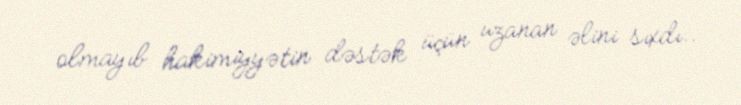
olmayıb hakimiyyətin dəstək üçün uzanan əlini sıxdı..